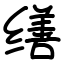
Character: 缮